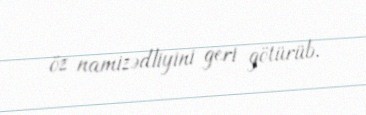
öz namizədliyini geri götürüb.